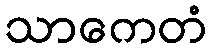
သာကေတံ